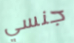
جنسي